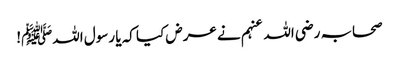
صحابہ رضی اللہ عنہم نے عرض کیا کہ یا رسول اللہﷺ!